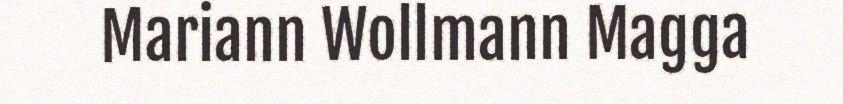
Mariann Wollmann Magga